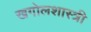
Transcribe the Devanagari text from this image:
खगोलशास्‍त्री